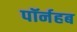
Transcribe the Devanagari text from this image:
पॉर्नहब